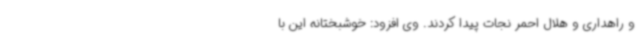
و راهداری و هلال احمر نجات پیدا کردند. وی افزود: خوشبختانه این با